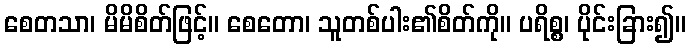
စေတသာ၊ မိမိစိတ်ဖြင့်။ စေတော၊ သူတစ်ပါး၏စိတ်ကို။ ပရိစ္စ၊ ပိုင်းခြား၍။